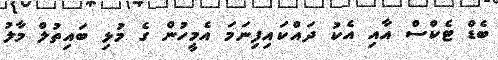
ބެޑް ޓެކްްސް އާއި އެކު ދައްކައިފިނަމަ އެމީހުން ގެ މުޅި ބައިތުލް މާލު